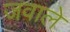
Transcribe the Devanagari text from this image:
जवाले